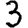
Digit: 3